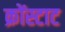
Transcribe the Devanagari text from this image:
क्रोंस्टाट